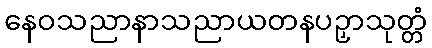
နေဝသညာနာသညာယတနပဉှာသုတ္တံ